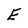
Character: E